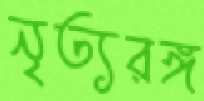
নৃত্যরঙ্গ